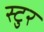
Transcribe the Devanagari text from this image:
स्टुर